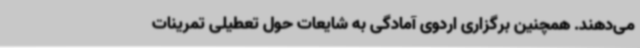
می‌دهند. همچنین برگزاری اردوی آمادگی به شایعات حول تعطیلی تمرینات